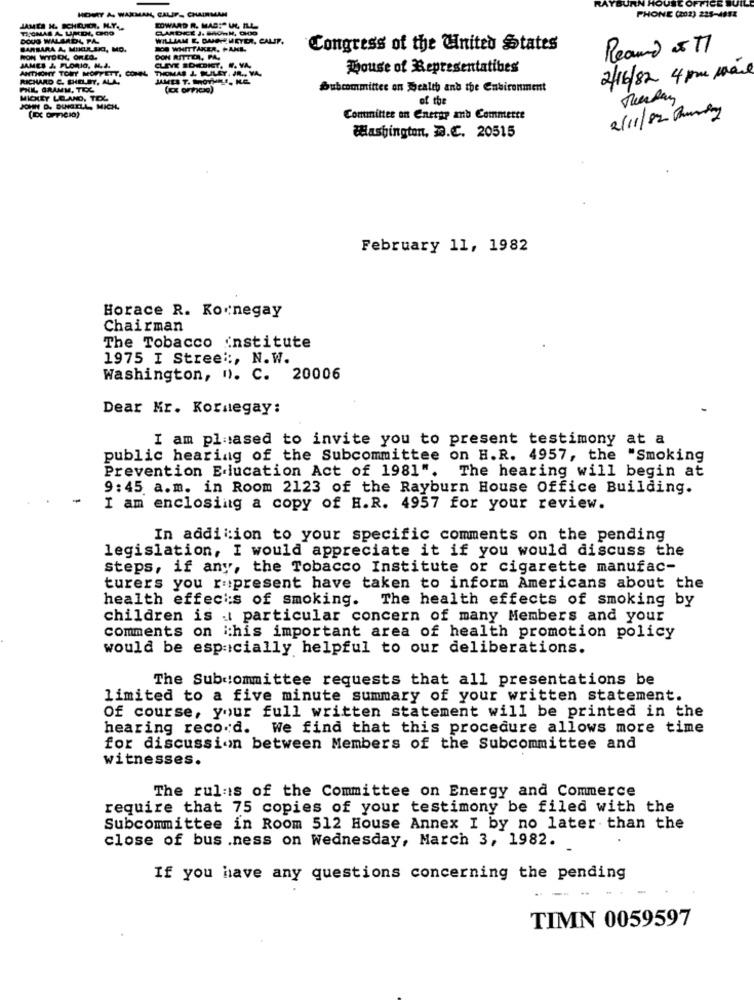
HOHRY A. WARMAN, CALIF- CHAIRMAN
PHONE (202) 225-4852
JAMES H. ICHDER. H.Y ..
TICOMAS A. UMDI, GOO
EDWARD R. MAS:" UL ILL
CLARDICE J. BROWN, CHOO
DOUG WALMADL PA.
WILLIAM E, DAJDE MEYER, CA
CALIF.
BARBARA A, MIKULSKI, MO.
D WHITTAKER, PANI-
Congress of the United States
Reamd 5 77
WON WYDDK, OREO.
DON RITTER, PA.
ANTHONY TONY MOFFETT, CONN
JAMES & FLORIO, N.J.
CLIVE EDEDICT. W. VA.
THOMAS J. SULEY, JR ., VA.
House of Representatives
2/16/82 4 proc mail
RICHARD C. SHELBY, ALA
JAMES T. SHOYHELE, KE.
PHIL GRAMM, TEC
Subcommittee on Health and the Enbirenment
MICKEY LEAND, TOL
of the
JOHN D. DINGILL, MICH.
2/11/92 Running
Committee on Cnetpr and Commerce
Washington, D.C. 20515
February 11, 1982
Horace R. Kornegay
Chairman
The Tobacco institute
1975 I Street :, N.W.
Washington, n. C. 20006
Dear Mr. Kornegay:
I am pleased to invite you to present testimony at a
public hearing of the Subcommittee on H.R. 4957, the "Smoking
Prevention Elucation Act of 1981". The hearing will begin at
9:45 a.m. in Room 2123 of the Rayburn House Office Building.
I am enclosing a copy of H.R. 4957 for your review.
In addition to your specific comments on the pending
legislation, I would appreciate it if you would discuss the
steps, if any, the Tobacco Institute or cigarette manufac-
turers you represent have taken to inform Americans about the
health effects of smoking.
The health effects of smoking by
children is . particular concern of many Members and your
comments on ichis important area of health promotion policy
would be especially helpful to our deliberations.
The Subcommittee requests that all presentations be
limited to a five minute summary of your written statement.
Of course, your full written statement will be printed in the
hearing record. We find that this procedure allows more time
for discussion between Members of the Subcommittee and
witnesses.
The rules of the Committee on Energy and Commerce
require that 75 copies of your testimony be filed with the
Subcommittee in Room 512 House Annex I by no later than the
close of bus .ness on Wednesday, March 3, 1982.
If you have any questions concerning the pending
TIMN 0059597